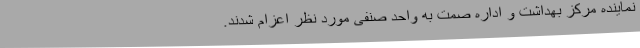
نماینده مرکز بهداشت و اداره صمت به واحد صنفی مورد نظر اعزام شدند.